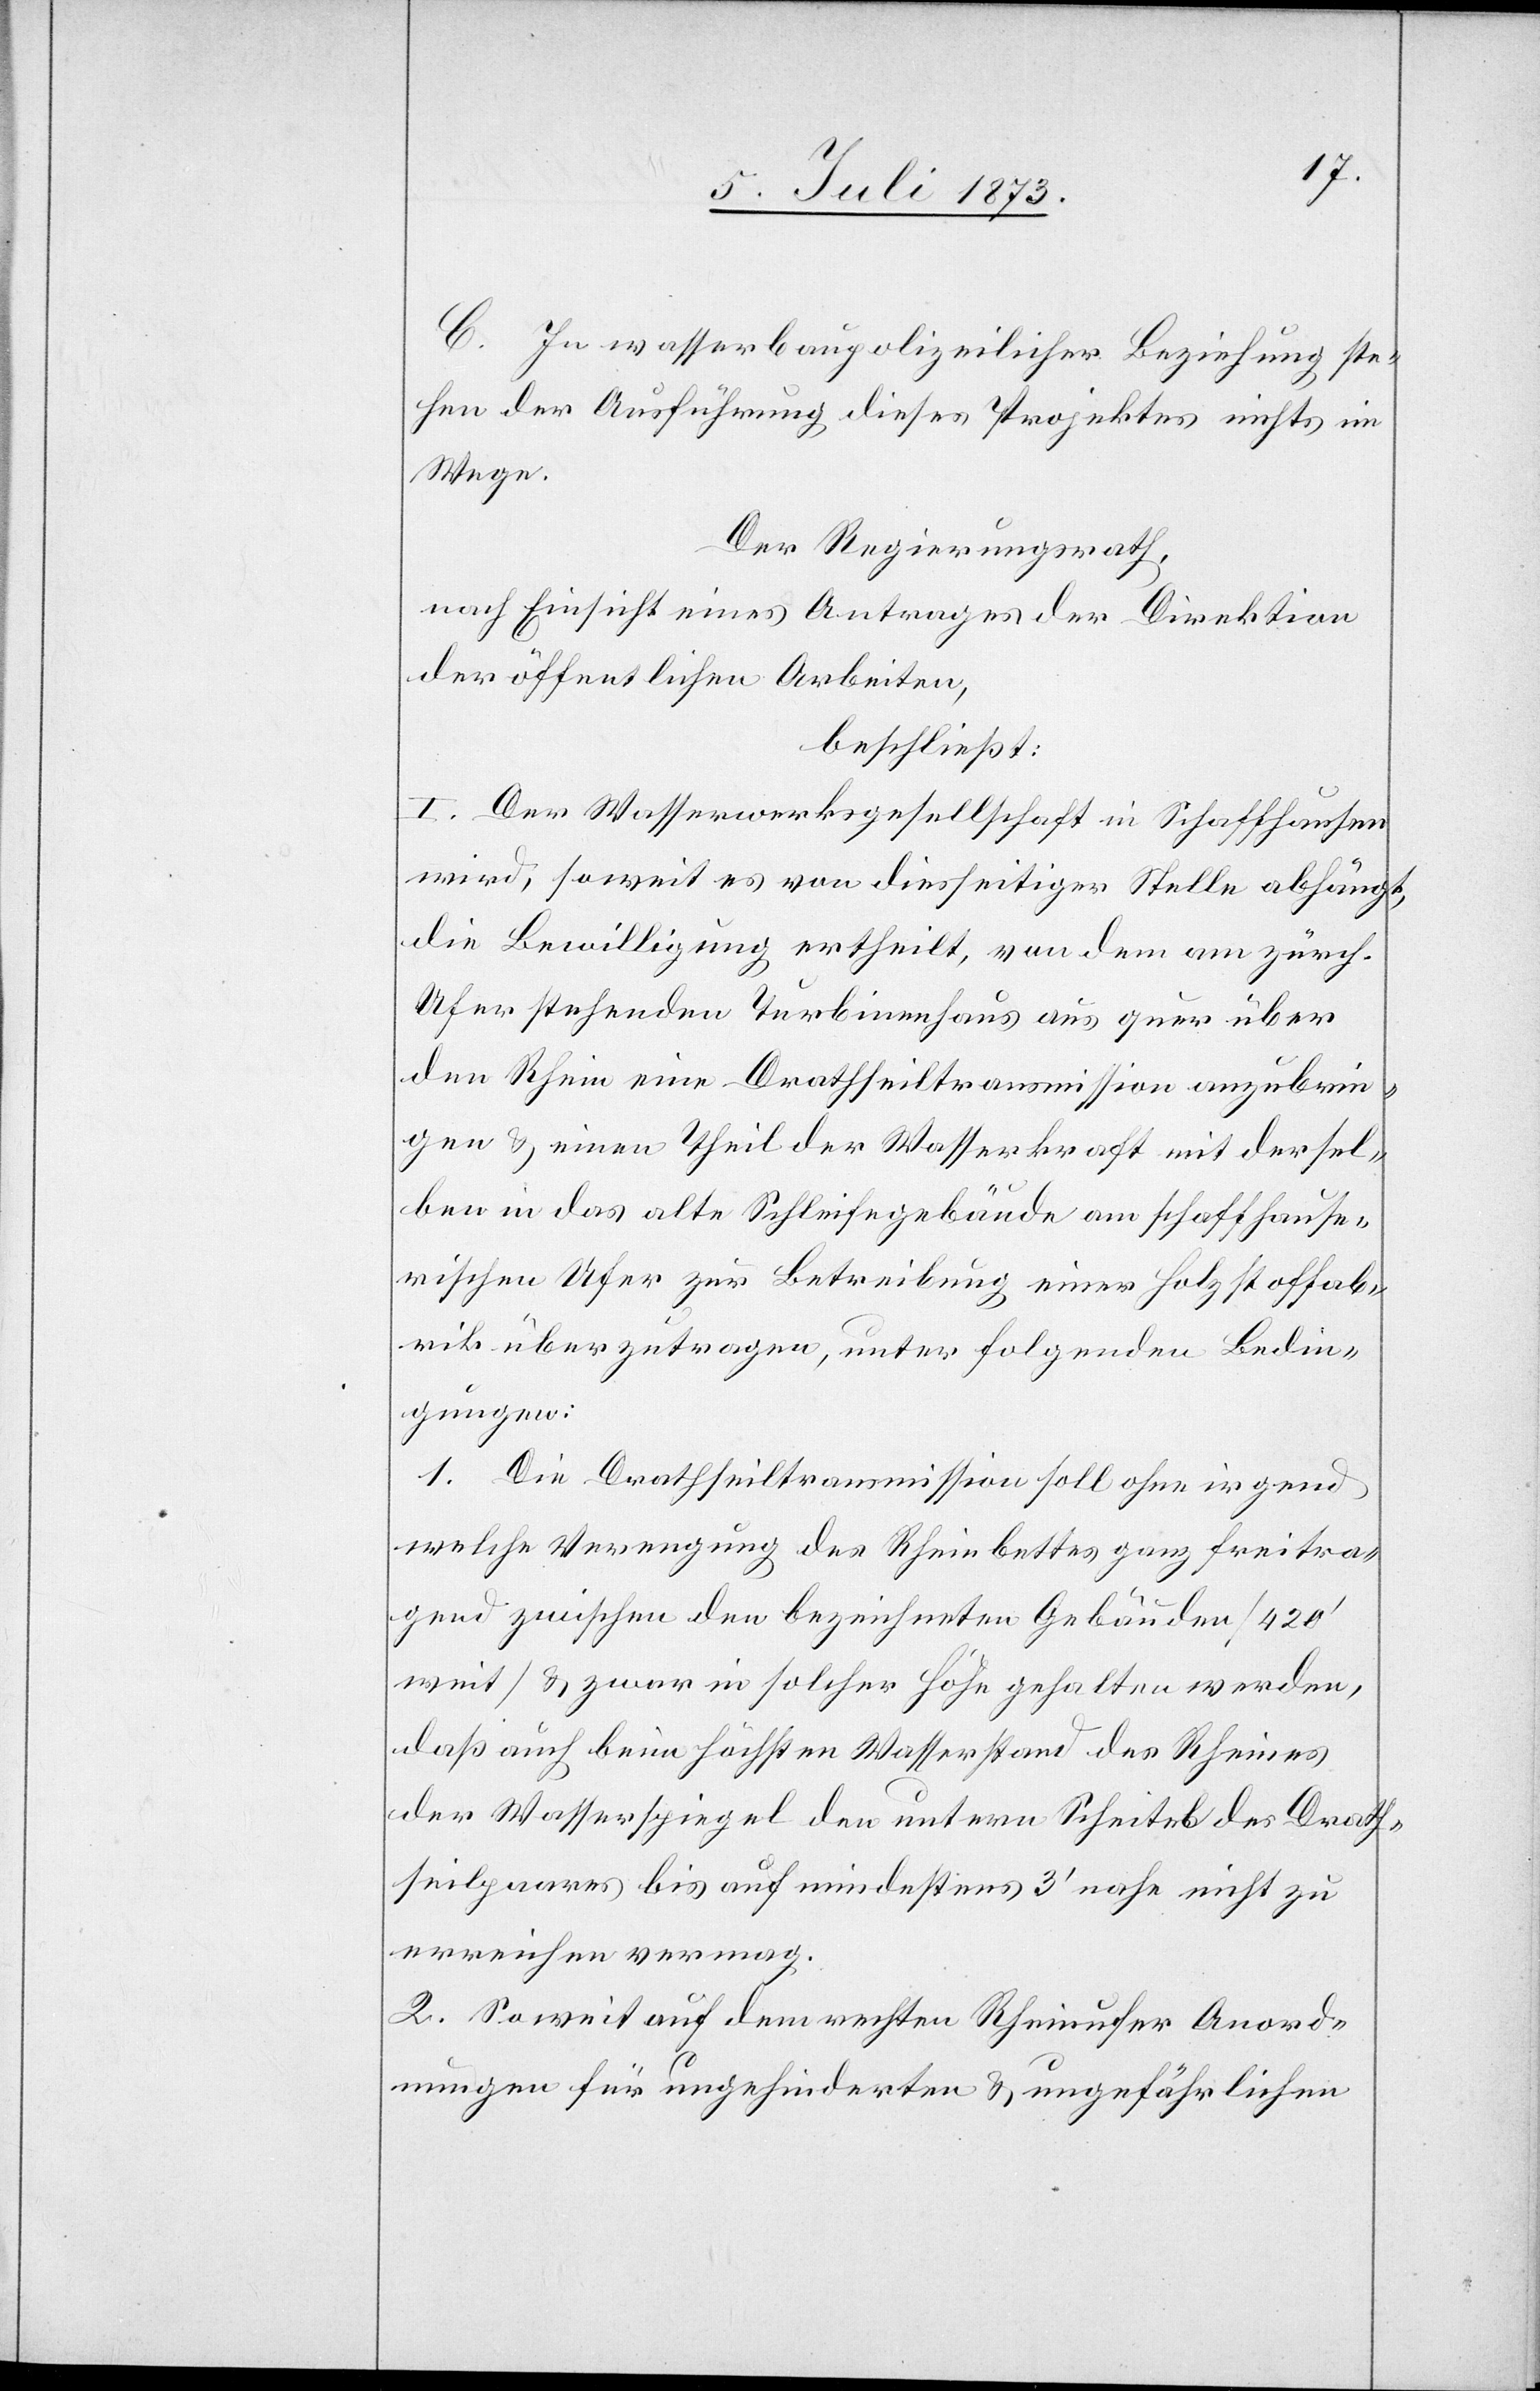
C. In wasserbaupolizeilicher Beziehung stehen
der Ausführung dieses Projektes nichts im
Wege.
Der Regierungsrath,
nach Einsicht eines Antrages der Direktion
der öffentlichen Arbeiten,
beschließt:
I. Der Wasserwerksgesellschaft in Schaffhausen
wird, soweit es von diesseitiger Stelle abhängt,
die Bewilligung ertheilt, von dem am zürch.
Ufer stehenden Turbinenhaus aus quer über
den Rhein eine Drathseiltransmission anzubrin¬
gen & einen Theil der Wasserkraft mit dersel¬
ben in das alte Schleifegebäude am schaffhause¬
rischen Ufer zur Betreibung einer Holzstoffab¬
rik überzutragen, unter folgenden Bedin¬
gungen:
1. Die Drathseiltransmission soll ohne irgend
welche Verengung des Rheinbettes ganz freitra¬
gend zwischen den bezeichneten Gebäuden [420‘
weit] & zwar in solcher Höhe gehalten werden,
daß auch beim höchsten Wasserstand des Rheines
der Wasserspiegel den untern Scheitel des Drath¬
seilpaares bis auf mindestens 3‘ nahe nicht zu
erreichen vermag.
2. So weit auf dem rechten Rheinufer Anord¬
nungen für ungehinderten & ungefährlichen